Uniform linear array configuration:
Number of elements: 8
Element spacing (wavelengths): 1
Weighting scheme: blackman
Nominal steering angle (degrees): -15
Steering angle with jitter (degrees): -16.859
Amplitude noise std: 0.05
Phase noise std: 0.05

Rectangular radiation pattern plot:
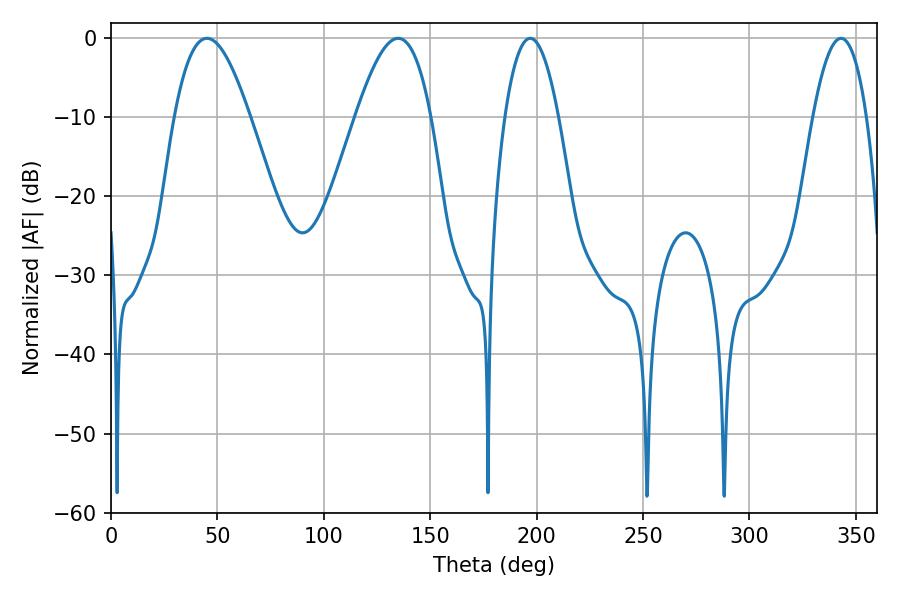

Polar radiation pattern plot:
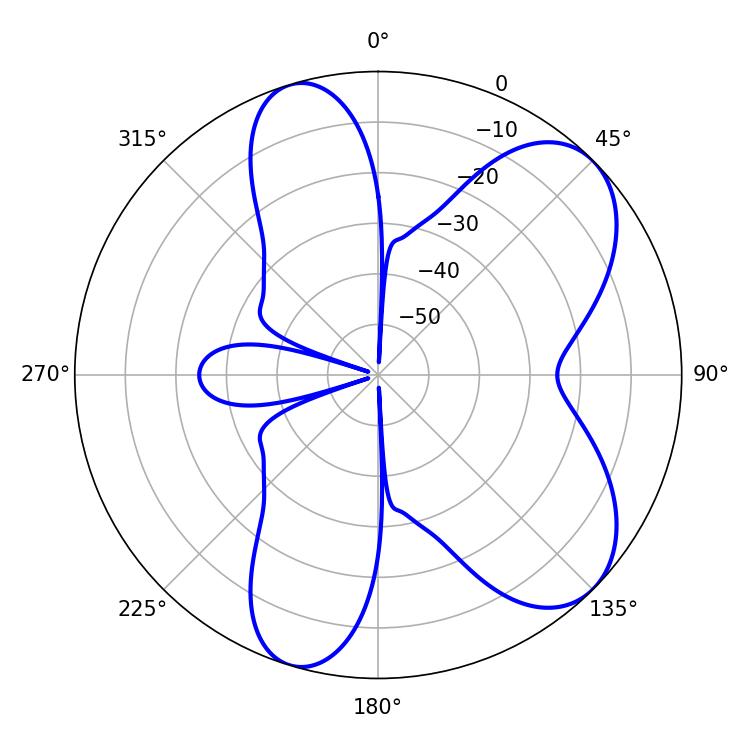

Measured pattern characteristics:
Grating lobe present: TRUE
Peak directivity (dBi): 7.332
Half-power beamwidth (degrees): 13.86
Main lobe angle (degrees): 196.92